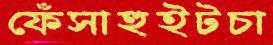
ফেঁসাহুইটচা